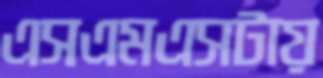
এসএমএসটায়